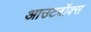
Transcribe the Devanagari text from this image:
आउटबॉक्स